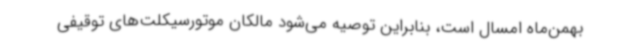
بهمن‌ماه امسال است، بنابراین توصیه می‌شود مالکان موتورسیکلت‌های توقیفی